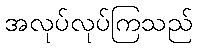
အလုပ်လုပ်ကြသည်